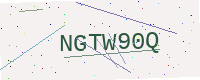
Text: NGTW90Q